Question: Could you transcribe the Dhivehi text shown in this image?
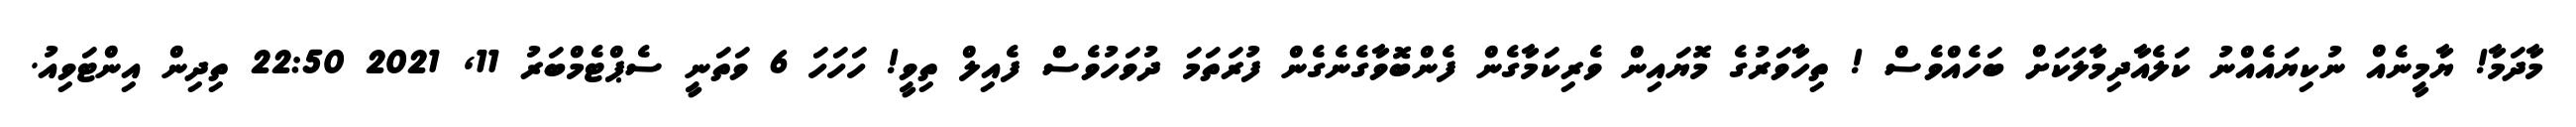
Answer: މާދަމާ! ޔާމީނެއް ނުކިޔައެއްނު ކަލެއާދިމާލަކަށް ބަހެއްވެސް ! ތިހާވަރުގެ މޮޔައިން ވެރިކަމާގެން ފެންބޮވާގެނެގެން ފުރަތަމަ ދުވަހުވެސް ފެއިލް ތިވީ! ހަހަހަ 6 ވަތަނީ ސެޕްޓެމްބަރު 11, 2021 22:50 ތިދިން އިންޓަވިއު.